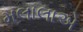
મલાલાએ